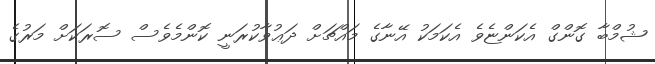
ޝުމްބާ ގޮންގް އެކަންޏެވެ އެކަމަކު އޭނާގެ މައްޗަށް ދަޢުވާކުރަނީ ކޮންމެވެސް ސޮރަކަށް މަރުގެ